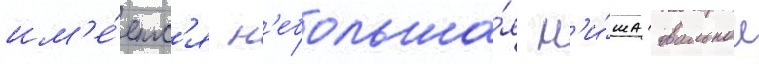
им'е́етс'я н'ебольша́я н'и́ша овальнои